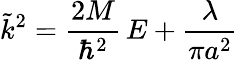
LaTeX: \tilde{k}^{2}=\frac{2M}{\hbar^{2}}\, E+\frac{\lambda}{\pi a^{2}}\;